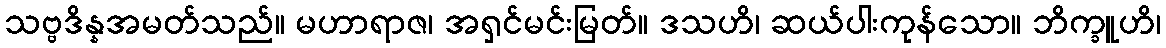
သဗ္ဗဒိန္နအမတ်သည်။ မဟာရာဇ၊ အရှင်မင်းမြတ်။ ဒသဟိ၊ ဆယ်ပါးကုန်သော။ ဘိက္ခူဟိ၊